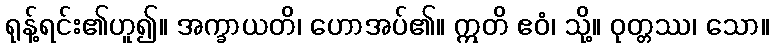
ရုန့်ရင်း၏ဟူ၍။ အက္ခာယတိ၊ ဟောအပ်၏။ ဣတိ ဧဝံ၊ သို့။ ဝုတ္တဿ၊ သော။